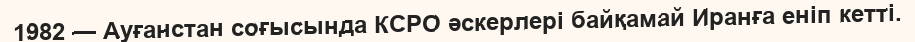
1982 — Ауғанстан соғысында КСРО әскерлері байқамай Иранға еніп кетті.